Cholera in southern India
Disease focus: Cholera
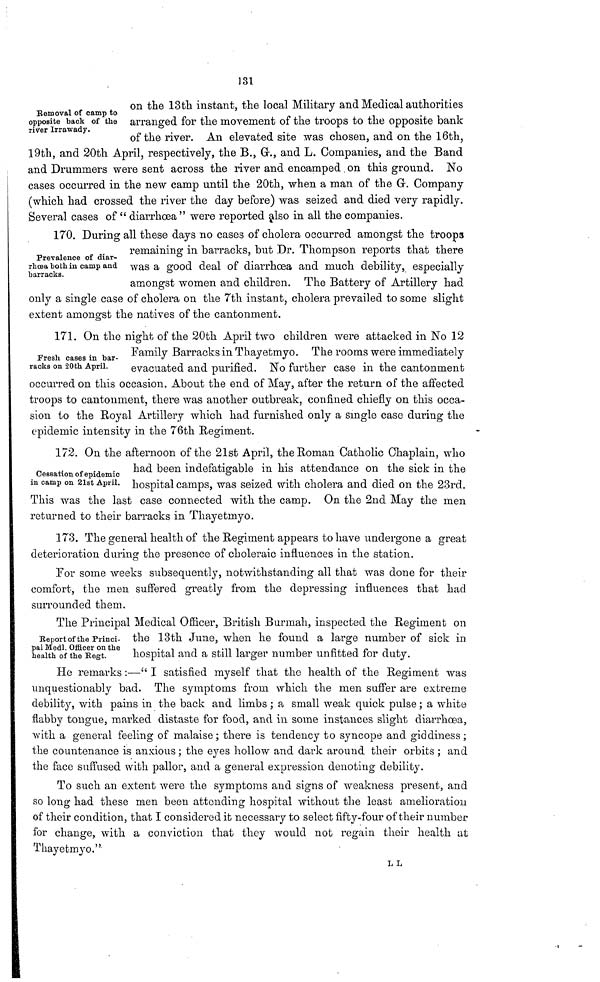
131
Removal of camp to
opposite back of the
river Irrawady.
on the 13th instant, the local Military and Medical authorities
arranged for the movement of the troops to the opposite bank
of the river. An elevated site was chosen, and on the 16th,
19th, and 20th April, respectively, the B., G., and L. Companies, and the Band
and Drummers were sent across the river and encamped on this ground. No
cases occurred in the new camp until the 20th, when a man of the Gr. Company
(which had crossed the river the day before) was seized and died very rapidly.
Several cases of " diarrhoea" were reported also in all the companies.
Prevalence of diar-
rhoea both in camp and
barracks.
170. During all these days no cases of cholera occurred amongst the troop3
remaining in barracks, but Dr. Thompson reports that there
was a good deal of diarrhoea and much debility, especially
amongst women and children. The Battery of Artillery had
only a single case of cholera on the 7th instant, cholera prevailed to some slight
extent amongst the natives of the cantonment.
Fresh cases in bar-
racks on 20th April.
171. On the night of the 20th April two children were attacked in No 12
Family Barracks in Thayetmyo. The rooms were immediately
evacuated and purified. No further case in the cantonment
occurred on this occasion. About the end of May, after the return of the affected
troops to cantonment, there was another outbreak, confined chiefly on this occa-
sion to the Royal Artillery which had furnished only a single case during the
epidemic intensity in the 76th Regiment.
Cessation of epidemic
in camp on 21st April.
172. On the afternoon of the 21st April, the Roman Catholic Chaplain, who
had been indefatigable in his attendance on the sick in the
hospital camps, was seized with cholera and died on the 23rd.
This was the last case connected with the camp. On the 2nd May the men
returned to their barracks in Thayetmyo.
173. The general health of the Regiment appears to have undergone a great
deterioration during the presence of choleraic influences in the station.
For some weeks subsequently, notwithstanding all that was done for their
comfort, the men suffered greatly from the depressing influences that had
surrounded them.
Report of the Princi-
pal Medl. Officer on the
health of the Regt.
The Principal Medical Officer, British Burmah, inspected the Regiment on
the 13th June, when he found a large number of sick in
hospital and a still larger number unfitted for duty.
He remarks :—" I satisfied myself that the health of the Regiment was
unquestionably bad. The symptoms from which the men suffer are extreme
debility, with pains in the back and limbs ; a small weak quick pulse ; a white
flabby tongue, marked distaste for food, and in some instances slight diarrhoea,
with a general feeling of malaise; there is tendency to syncope and giddiness;
the countenance is anxious ; the eyes hollow and dark around their orbits ; and
the face suffused with pallor, and a general expression denoting debility.
To such an extent were the symptoms and signs of weakness present, and
so long had these men been attending hospital without the least amelioration
of their condition, that I considered it necessary to select fifty-four of their number
for change, with a conviction that they would not regain their health at
Thayetmyo. "
L L